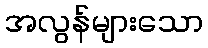
အလွန်များသော